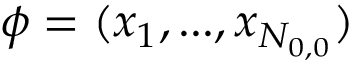
\phi = ( x _ { 1 } , . . . , x _ { N _ { 0 , 0 } } )